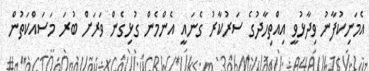
އެމަނިކުފާނު ވިދާޅުވީ އިއްތިހާދުގެ ސަރުކާރު ގެނައީ އެންމެން ގުޅިގެން ވަރަށް ބުރަ މަސައްކަތުން